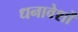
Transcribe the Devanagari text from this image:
धनावेशों